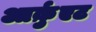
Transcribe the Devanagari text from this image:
आर्क़ुएट